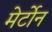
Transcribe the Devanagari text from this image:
मेर्टोन